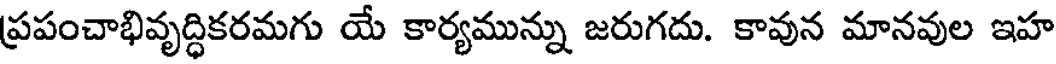
ప్రపంచాభివృద్ధికరమగు యే కార్యమున్ను జరుగదు. కావున మానవుల ఇహ